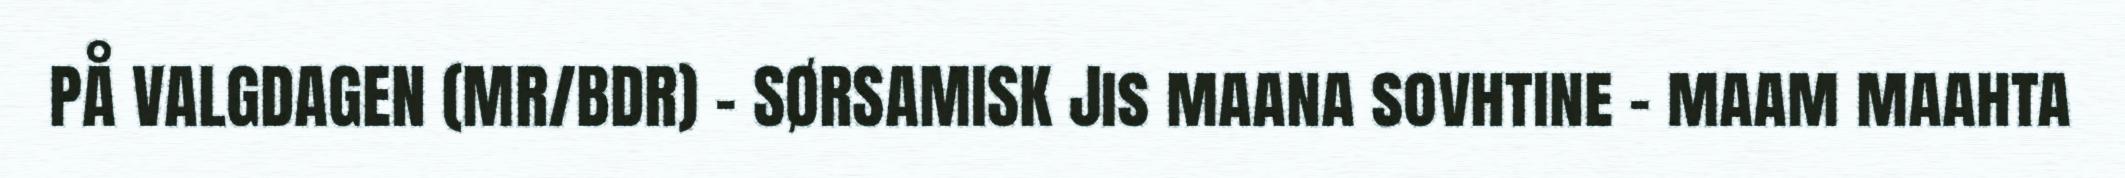
PÅ VALGDAGEN (MR/BDR) – SØRSAMISK Jis maana sovhtine – maam maahta